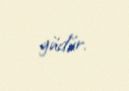
güdür.